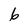
Character: 6